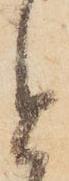
と